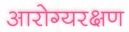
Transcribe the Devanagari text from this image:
आरोग्यरक्षण